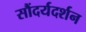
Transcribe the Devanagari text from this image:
सौंदर्यदर्शन